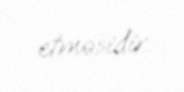
etməsidir.